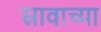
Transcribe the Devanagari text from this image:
स्रावाच्या